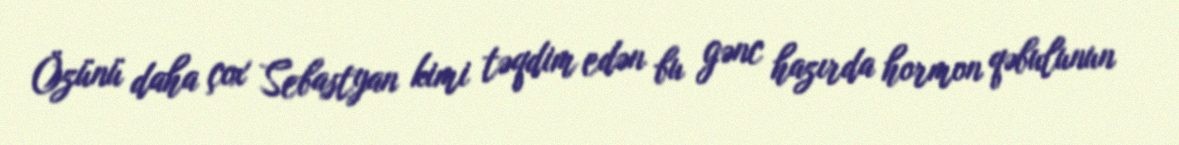
Özünü daha çox Sebastyan kimi təqdim edən bu gənc hazırda hormon qəbulunun